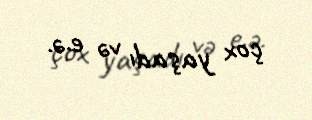
çox yaşadı və e.ə.